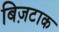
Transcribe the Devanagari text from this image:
बिज़टाक